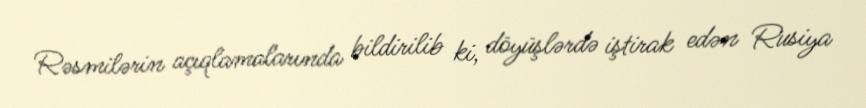
Rəsmilərin açıqlamalarında bildirilib ki, döyüşlərdə iştirak edən Rusiya